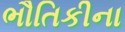
ભૌતિકીના